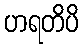
ဟရတိပိ